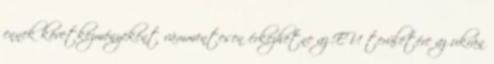
ennek következményeként vámmentesen érkezhetne az EU területére az ukrán